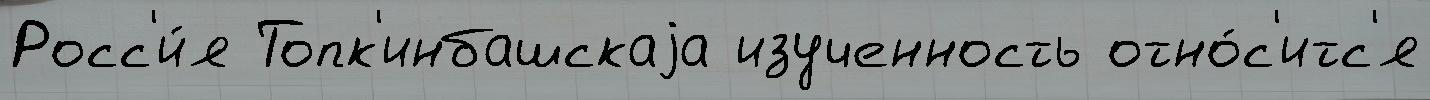
Росс'и́я Топк'инбашскаjа изученность отно́с'итс'я